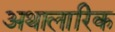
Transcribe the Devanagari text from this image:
अथालारिक